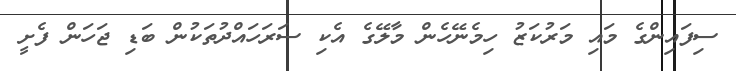
ސިފައިންގެ މައި މަރުކަޒު ހިމެނޭހެން މާލޭގެ އެކި ސަރަހައްދުތަކުން ބަޑި ޖަހަން ފެށީ